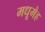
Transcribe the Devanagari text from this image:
मधूमेह